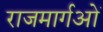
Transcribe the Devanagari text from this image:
राजमार्गओं